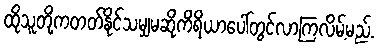
ထိုသူတို့ကတတ်နိုင်သမျှမဆိုကိရိယာပေါ်တွင်လာကြလိမ့်မည်.